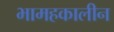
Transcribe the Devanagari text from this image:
भामहकालीन